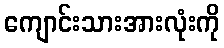
ကျောင်းသားအားလုံးကို